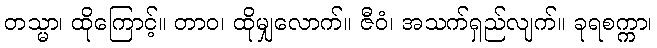
တသ္မာ၊ ထိုကြောင့်။ တာဝ၊ ထိုမျှလောက်။ ဇီဝံ၊ အသက်ရှည်လျက်။ ခုရစက္ကာ၊